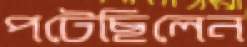
পটেছিলেন